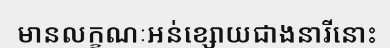
មានលក្ខណៈអន់ខ្សោយជាងនារីនោះ